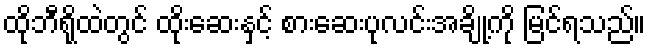
ထိုဘီရိုထဲတွင် ထိုးဆေးနှင့် စားဆေးပုလင်းအချို့ကို မြင်ရသည်။